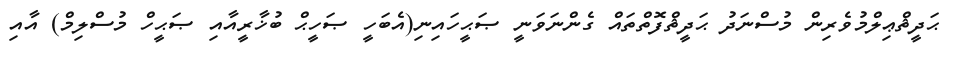
ޙަދީޘްޢިލްމުވެރިން މުސްނަދު ޙަދީޘްފޮތްތައް ގެންނަވަނީ ޞަޙީހައިނި(އެބަހީ ޞަހީޙް ބުޚާރީއާއި ޞަޙީހް މުސްލިމް) އާއި